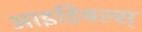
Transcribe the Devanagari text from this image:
आइडियल्स्‌